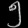
Digit: ၅